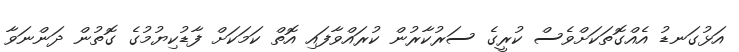
އަޅުގަނޑު އެއްގޮތަކަށްވެސް ކުރީގެ ސަރުކާރުން ކުރައްވާފައި އޮތް ކަމަކަށް ފާޑުކިޔުމުގެ ގޮތުން ދަންނަވާ